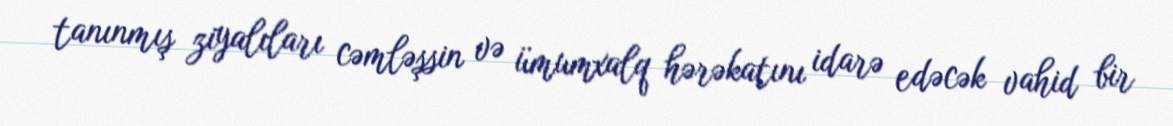
tanınmış ziyalıları cəmləşsin və ümumxalq hərəkatını idarə edəcək vahid bir